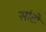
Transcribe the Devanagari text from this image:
सांटो